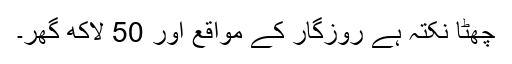
چھٹا نکتہ ہے روزگار کے مواقع اور 50 لاکھ گھر۔